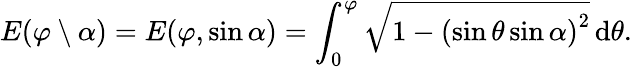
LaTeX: E(\varphi\setminus\alpha)=E(\varphi,\sin\alpha)=\int_{0}^{\varphi}{\sqrt{1-\left(\sin\theta\sin\alpha\right)^{2}}}\, \mathrm{d}\theta.